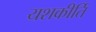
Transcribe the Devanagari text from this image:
यशकीर्ति